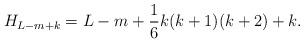
LaTeX: \begin{align*}H_{L-m+k}=L-m+\frac{1}{6}k(k+1)(k+2)+k.\end{align*}